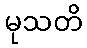
မုသတိ